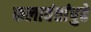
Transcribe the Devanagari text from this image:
कलावंतांपुढे